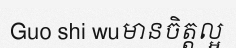
Guo shi wuមានចិត្តល្អ